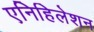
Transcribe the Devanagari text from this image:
एनिहिलेशन